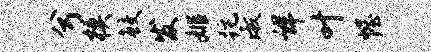
兮模鲛发姬跎淑详叶幄